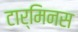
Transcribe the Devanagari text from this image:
टार्मिनस